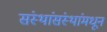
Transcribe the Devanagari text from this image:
संस्थांसंस्थांमधून